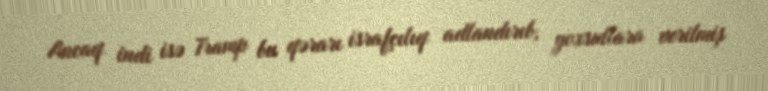
Ancaq indi isə Tramp bu qərarı israfçılıq adlandırıb, yoxsullara verilmiş